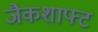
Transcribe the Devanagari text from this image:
जैकशाफ्ट